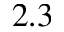
2 . 3